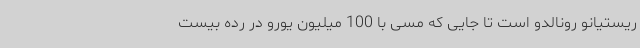
ریستیانو رونالدو است تا جایی که مسی با 100 میلیون یورو در رده بیست